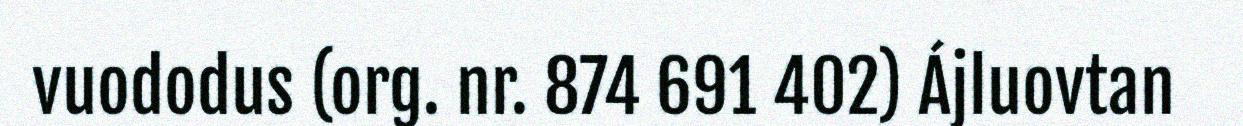
vuododus (org. nr. 874 691 402) Ájluovtan